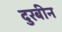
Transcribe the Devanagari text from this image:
दुरबीन